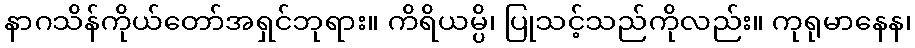
နာဂသိန်ကိုယ်တော်အရှင်ဘုရား။ ကိရိယမ္ပိ၊ ပြုသင့်သည်ကိုလည်း။ ကုရုမာနေန၊